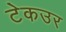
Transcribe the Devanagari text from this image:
टेकउर